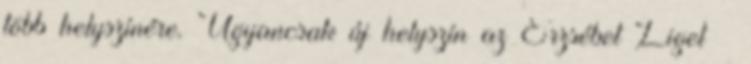
több helyszínére. Ugyancsak új helyszín az Erzsébet Liget –